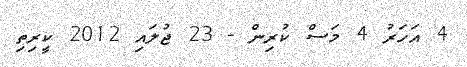
4 އަހަރު 4 މަސް ކުރިން - 23 ޖުލައި 2012 ކީރިތި